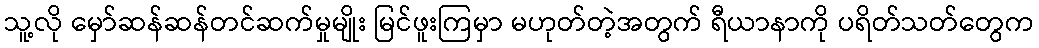
သူ့လို မှော်ဆန်ဆန်တင်ဆက်မှုမျိုး မြင်ဖူးကြမှာ မဟုတ်တဲ့အတွက် ရီယာနာကို ပရိတ်သတ်တွေက